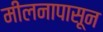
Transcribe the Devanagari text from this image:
मीलनापासून